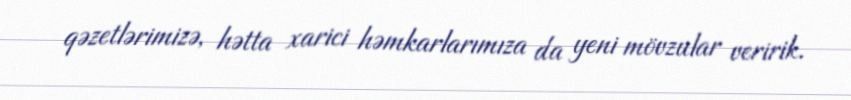
qəzetlərimizə, hətta xarici həmkarlarımıza da yeni mövzular veririk.